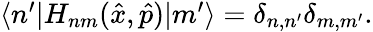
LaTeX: \begin{array}{r}{\langle n^{\prime}|H_{nm}(\hat{x},\hat{p})|m^{\prime}\rangle=\delta_{n,n^{\prime}}\delta_{m,m^{\prime}}.}\end{array}